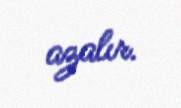
azalır.